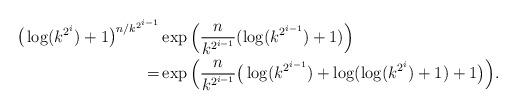
LaTeX: \begin{align*}\big(\log(k^{2^i})+1\big)^{n/k^{2^{i-1}}}&\exp\Big(\frac n{k^{2^{i-1}}}(\log(k^{2^{i-1}})+1)\Big)\\=&\exp\Big(\frac n{k^{2^{i-1}}}\big(\log(k^{2^{i-1}})+\log(\log(k^{2^i})+1)+1\big)\Big).\end{align*}